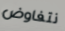
نتفاوض